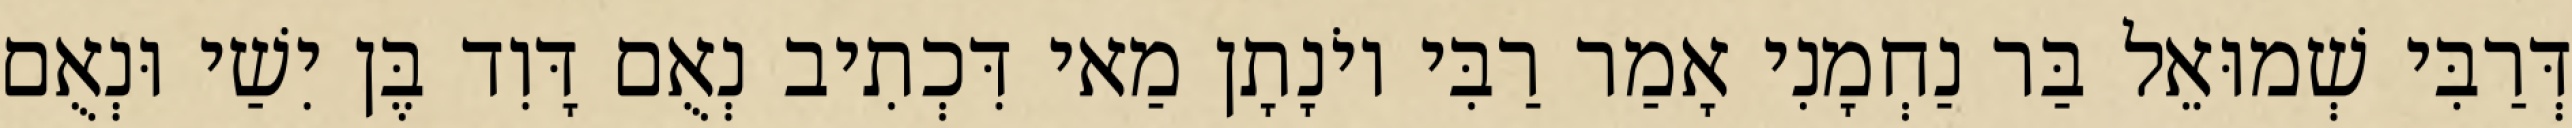
דְּרַבִּי שְׁמוּאֵל בַּר נַחְמָנִי אָמַר רַבִּי יוֹנָתָן מַאי דִּכְתִיב נְאֻם דָּוִד בֶּן יִשַׁי וּנְאֻם